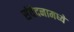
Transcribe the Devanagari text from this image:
संवेदनामध्ये